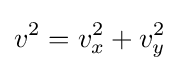
v^{2}=v_{x}^{2}+v_{y}^{2}